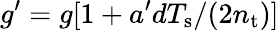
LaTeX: g^{\prime}=g[1+a^{\prime}dT_{\mathrm{s}}/(2n_{\mathrm{t}})]